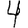
Digit: 4